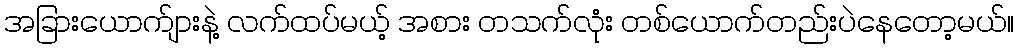
အခြားယောက်ျားနဲ့ လက်ထပ်မယ့် အစား တသက်လုံး တစ်ယောက်တည်းပဲနေတော့မယ်။